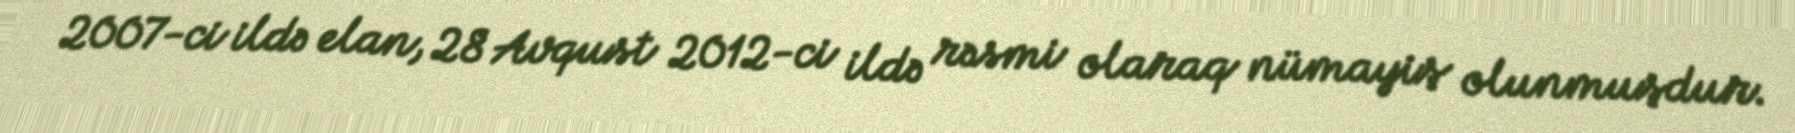
2007-ci ildə elan, 28 Avqust 2012-ci ildə rəsmi olaraq nümayiş olunmuşdur.